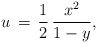
\begin{align*}u\,=\,\frac{1}{2}\,\frac{x^2}{1-y},\end{align*}